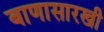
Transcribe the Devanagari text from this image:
बाणासारखी